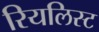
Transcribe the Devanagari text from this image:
रियलिस्ट